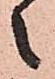
之